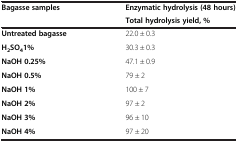
<table><thead><tr><td rowspan="2"><b>Bagasse samples</b></td><td><b>Enzymatic hydrolysis (48 hours)</b></td></tr><tr><td><b>Total hydrolysis yield, %</b></td></tr></thead><tbody><tr><td><b>Untreated bagasse</b></td><td>22.0 ± 0.3</td></tr><tr><td><b>H</b><sub><b>2</b></sub><b>SO</b><sub><b>4</b></sub><b>1%</b></td><td>30.3 ± 0.3</td></tr><tr><td><b>NaOH 0.25%</b></td><td>47.1 ± 0.9</td></tr><tr><td><b>NaOH 0.5%</b></td><td>79 ± 2</td></tr><tr><td><b>NaOH 1%</b></td><td>100 ± 7</td></tr><tr><td><b>NaOH 2%</b></td><td>97 ± 2</td></tr><tr><td><b>NaOH 3%</b></td><td>96 ± 10</td></tr><tr><td><b>NaOH 4%</b></td><td>97 ± 20</td></tr></tbody></table>